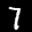
Label: 7